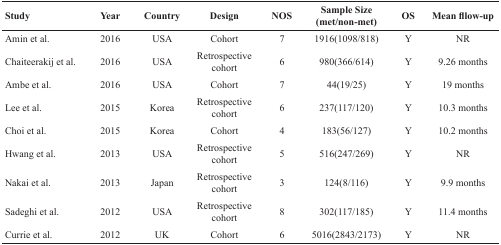
| Study | Year | Country | Design | NOS | Sample Size(met/non-met) | OS | Mean fllow-up |
 | --- | --- | --- | --- | --- | --- | --- | --- |
 | Amin et al. | 2016 | USA | Cohort | 7 | 1916(1098/818) | Y | NR |
 | Chaiteerakij et al. | 2016 | USA | Retrospective cohort | 6 | 980(366/614) | Y | 9.26 months |
 | Ambe et al. | 2016 | USA | Cohort | 7 | 44(19/25) | Y | 19 months |
 | Lee et al. | 2015 | Korea | Retrospective cohort | 6 | 237(117/120) | Y | 10.3 months |
 | Choi et al. | 2015 | Korea | Cohort | 4 | 183(56/127) | Y | 10.2 months |
 | Hwang et al. | 2013 | USA | Retrospective cohort | 5 | 516(247/269) | Y | NR |
 | Nakai et al. | 2013 | Japan | Retrospective cohort | 3 | 124(8/116) | Y | 9.9 months |
 | Sadeghi et al. | 2012 | USA | Retrospective cohort | 8 | 302(117/185) | Y | 11.4 months |
 | Currie et al. | 2012 | UK | Cohort | 6 | 5016(2843/2173) | Y | NR |